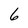
Character: 6